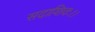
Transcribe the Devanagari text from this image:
सदाशिवः।।